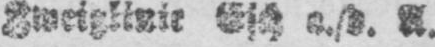
A.